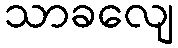
သာခလျေ